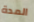
المدة